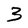
Character: 3